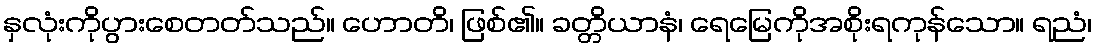
နှလုံးကိုပွားစေတတ်သည်။ ဟောတိ၊ ဖြစ်၏။ ခတ္တိယာနံ၊ ရေမြေကိုအစိုးရကုန်သော။ ရညံ၊